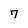
Character: 7